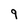
Character: 9